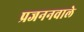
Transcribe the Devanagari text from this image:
प्रजननवाले